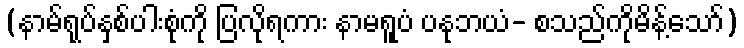
(နာမ်ရုပ်နှစ်ပါးစုံကို ပြလိုရကား နာမရူပံ ပနုဘယံ- စသည်ကိုမိန့်သော်)